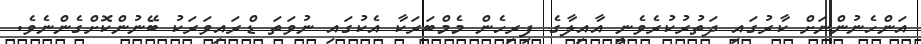
އަންހެނުންނަށް ކާރުގައި ދަތުރުކުރެވެނީ އާއިލާގެ ފިރިހެން މެމްބަރަކާ އެކުގައި ނުވަތަ ޑްރައިވަރަކު ބޭނުންކޮށްގެންނެވެ.